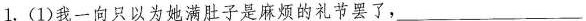
1.(1)我一向只以为她满肚子是麻烦的礼节罢了，___